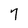
Character: 7